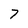
Character: 7